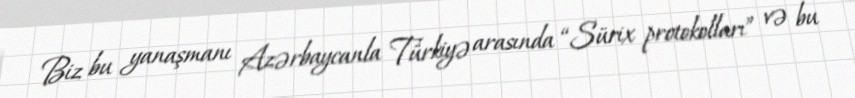
Biz bu yanaşmanı Azərbaycanla Türkiyə arasında “Sürix protokolları” və bu